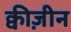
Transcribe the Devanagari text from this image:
क्वीज़ीन